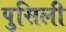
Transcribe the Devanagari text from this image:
पुसिली